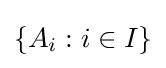
\left\{A_{i}:i\in I\right\}